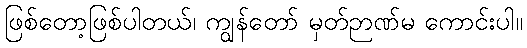
ဖြစ်တော့ဖြစ်ပါတယ်၊ ကျွန်တော် မှတ်ဉာဏ်မ ကောင်းပါ။